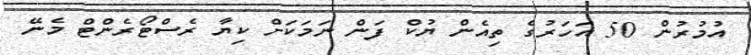
އުމުރުން 50 އަހަރުގެ ތިއެން ޔުކް ފަން ނަމަކަށް ކިޔާ ރެސްޓޯރެންޓް މެނޭ